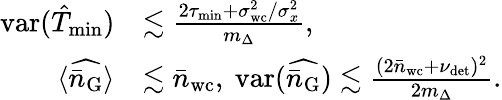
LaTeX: \begin{array}{rl}{\mathrm{var}(\hat{T}_{\mathrm{min}})}&{\lesssim\frac{2\tau_{\mathrm{min}}+\sigma_{\mathrm{wc}}^{2}/\sigma_{x}^{2}}{m_{\Delta}},}\\ {\langle\widehat{\bar{n}_{\mathrm{G}}}\rangle}&{\lesssim\bar{n}_{\mathrm{wc}},~\mathrm{var}(\widehat{\bar{n}_{\mathrm{G}}})\lesssim\frac{(2\bar{n}_{\mathrm{wc}}+\nu_{\mathrm{det}})^{2}}{2m_{\Delta}}.}\end{array}